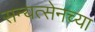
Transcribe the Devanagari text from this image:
सन्यत्सेनच्या